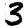
Digit: 3